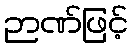
ဉာဏ်ဖြင့်